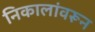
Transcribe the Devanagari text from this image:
निकालांवरून